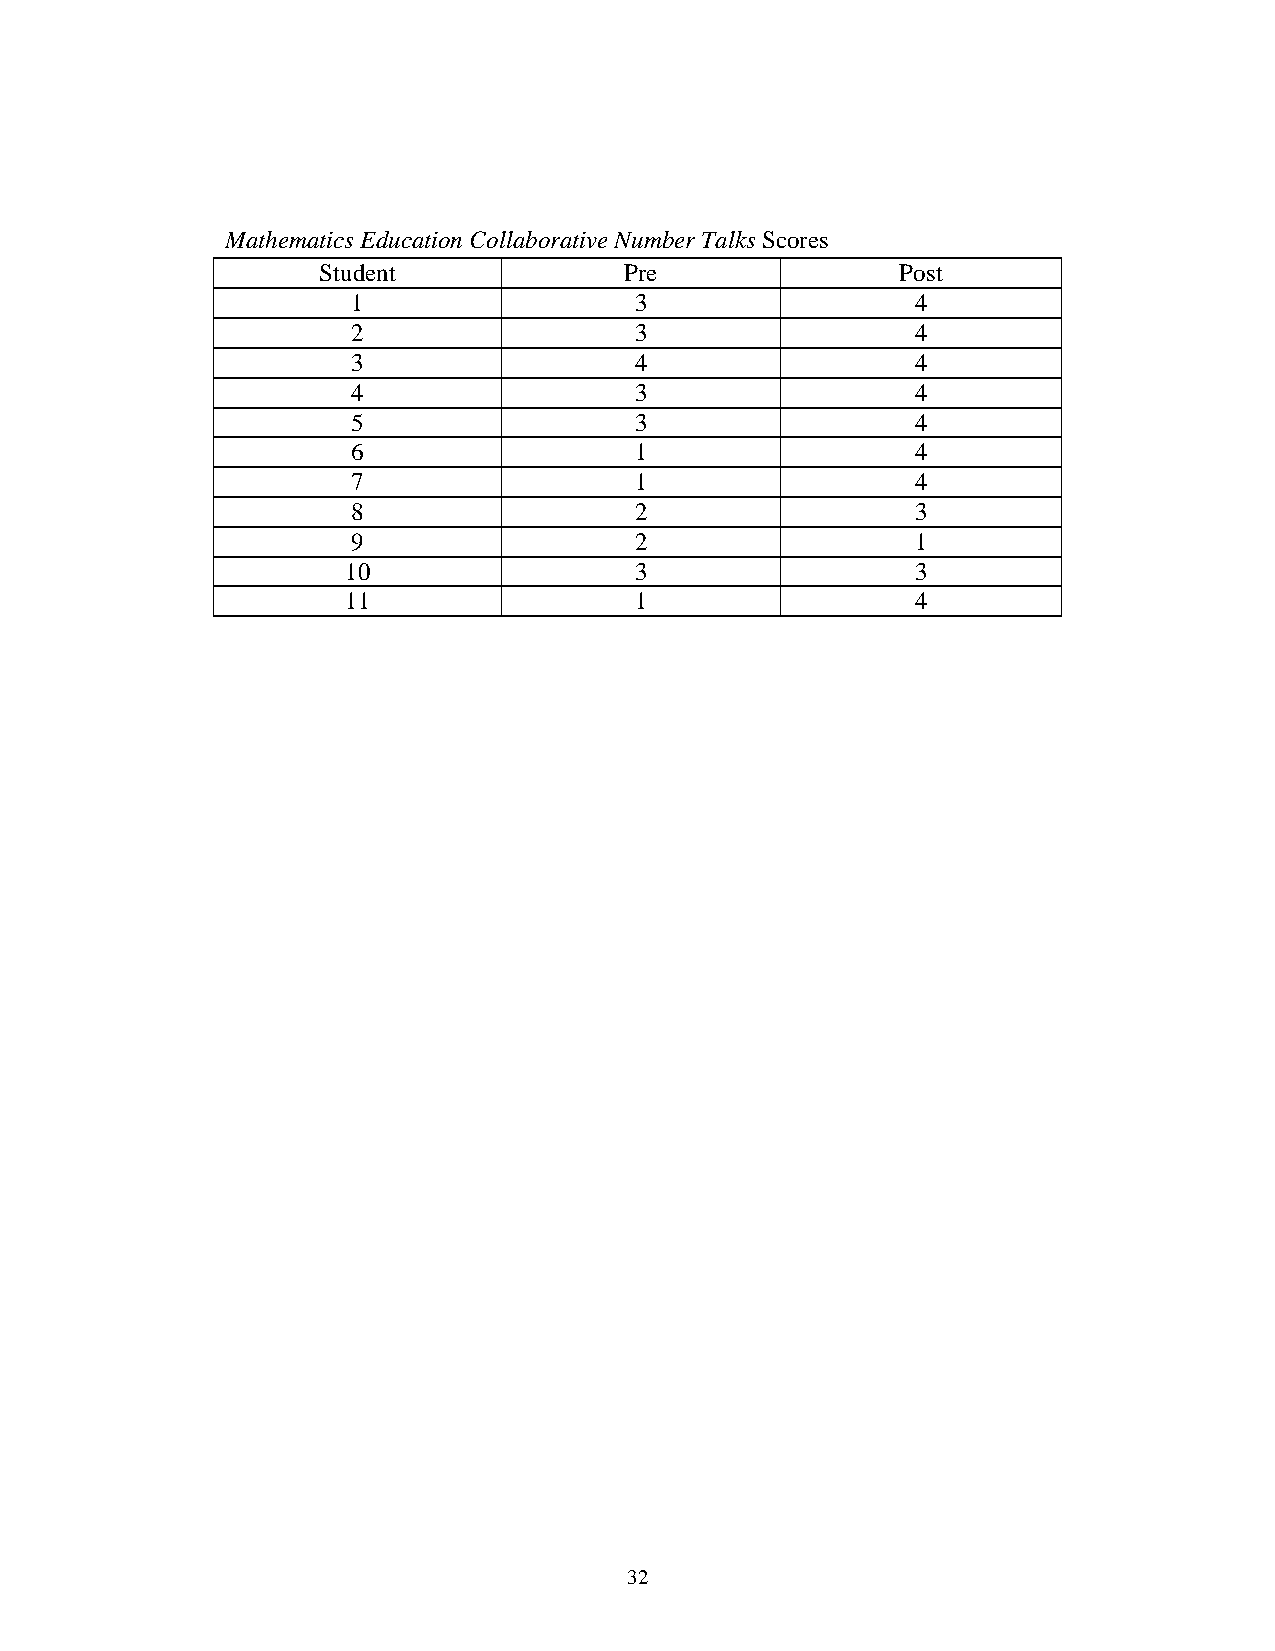
Mathematics Education Collaborative Number Talks Scores
 Student             Pre                Post
 1                  3                  4
 2                  3                  4
 3                  4                  4
 4                  3                  4
 5                  3                  4
 6                  1                  4
 7                  1                  4
 8                  2                  3
 9                  2                  1
 10                 3                  3
 11                 1                  4
 32